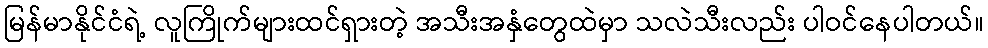
မြန်မာနိုင်ငံရဲ့ လူကြိုက်များထင်ရှားတဲ့ အသီးအနှံတွေထဲမှာ သလဲသီးလည်း ပါဝင်နေပါတယ်။